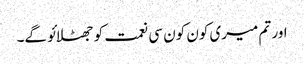
اور تم میری کون کون سی نعمت کو جھٹلائو گے۔